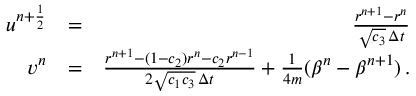
\begin{array} { r l r } { u ^ { n + \frac { 1 } { 2 } } } & { = } & { \frac { r ^ { n + 1 } - r ^ { n } } { \sqrt { c _ { 3 } } \, \Delta { t } } } \\ { v ^ { n } } & { = } & { \frac { r ^ { n + 1 } - ( 1 - c _ { 2 } ) r ^ { n } - c _ { 2 } r ^ { n - 1 } } { 2 \sqrt { c _ { 1 } c _ { 3 } } \, \Delta { t } } + \frac { 1 } { 4 m } ( \beta ^ { n } - \beta ^ { n + 1 } ) \, . } \end{array}